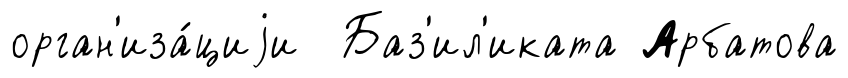
орган'иза́циjи Баз'ил'иката Арбатова